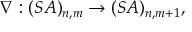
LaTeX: \nabla : ( { \cal S A } ) _ { n , m } \rightarrow ( { \cal S A } ) _ { n , m + 1 } ,